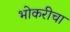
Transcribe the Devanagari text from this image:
भोकरीचा